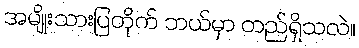
အမျိုးသားပြတိုက် ဘယ်မှာ တည်ရှိသလဲ။